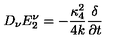
D _ { \nu } E _ { 2 } ^ { \nu } = - { \frac { { \kappa _ { 4 } ^ { 2 } } } { { 4 k } } } { \frac \delta { { \partial t } } }